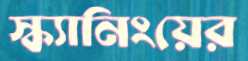
স্ক্যানিংয়ের